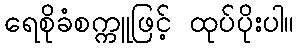
ရေစိုခံစက္ကူဖြင့် ထုပ်ပိုးပါ။